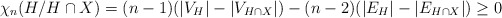
\begin{align*} \chi_n(H/H\cap X)=(n-1)(|V_{H}|-|V_{H\cap X}|)-(n-2)(|E_{H}|-|E_{H\cap X}|)\geq 0\end{align*}